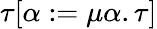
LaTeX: \tau[\alpha:=\mu\alpha.\tau]